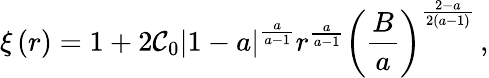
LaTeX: \xi\left(r\right)=1+2\mathcal{C}_{0}\left|1-a\right|^{\frac{a}{a-1}}r^{\frac{a}{a-1}}\left(\frac{B}{a}\right)^{\frac{2-a}{2\left(a-1\right)}}\, ,